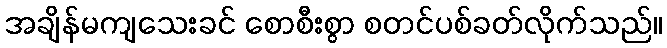
အချိန်မကျသေးခင် စောစီးစွာ စတင်ပစ်ခတ်လိုက်သည်။